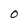
Character: O